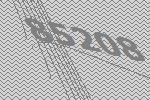
85208